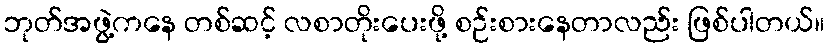
ဘုတ်အဖွဲ့ကနေ တစ်ဆင့် လစာတိုးပေးဖို့ စဉ်းစားနေတာလည်း ဖြစ်ပါတယ်။